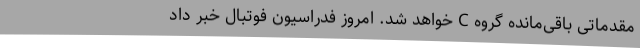
مقدماتی باقی‌مانده گروه C خواهد شد. امروز فدراسیون فوتبال خبر داد